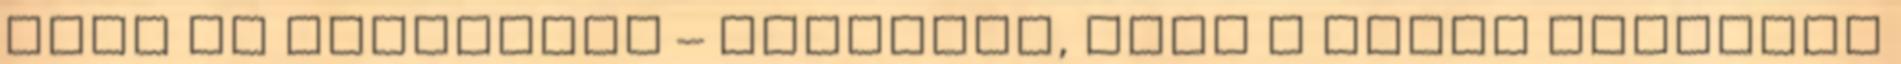
mint az egyetemen – ahelyett, hogy a tudás egyetlen